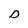
Character: D